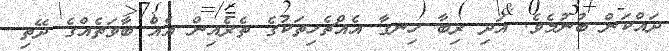
ދައްކަން ބުނުމެވެ. އަދި ރިބާ ހިނގާ އެއްޗެހިތަކުގެ ތެރެއިން އެއް ބާވަތެއްގެ ދޭތި